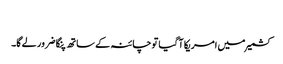
​
کشمیر میں امریکا آ گیا تو چائنہ کے ساتھ پنگا ضرور لے گا۔